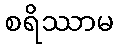
စရိဿာမ